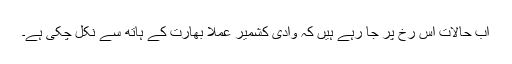
اب حالات اس رخ پر جا رہے ہیں کہ وادیٔ کشمیر عملاََ بھارت کے ہاتھ سے نکل چکی ہے۔